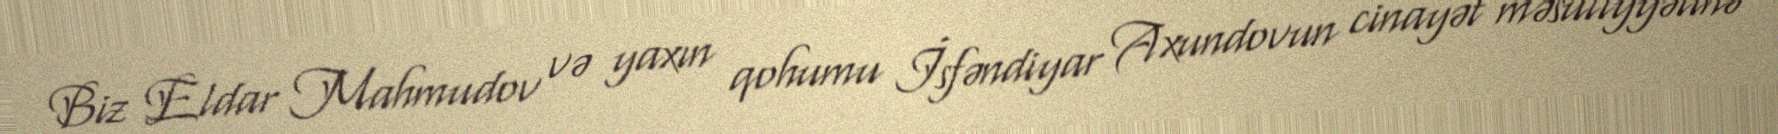
Biz Eldar Mahmudov və yaxın qohumu İsfəndiyar Axundovun cinayət məsuliyyətinə